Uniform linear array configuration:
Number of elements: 12
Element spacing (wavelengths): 0.75
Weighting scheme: hamming
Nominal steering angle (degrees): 60
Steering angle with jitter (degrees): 61.855
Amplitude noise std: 0.05
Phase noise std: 0.05

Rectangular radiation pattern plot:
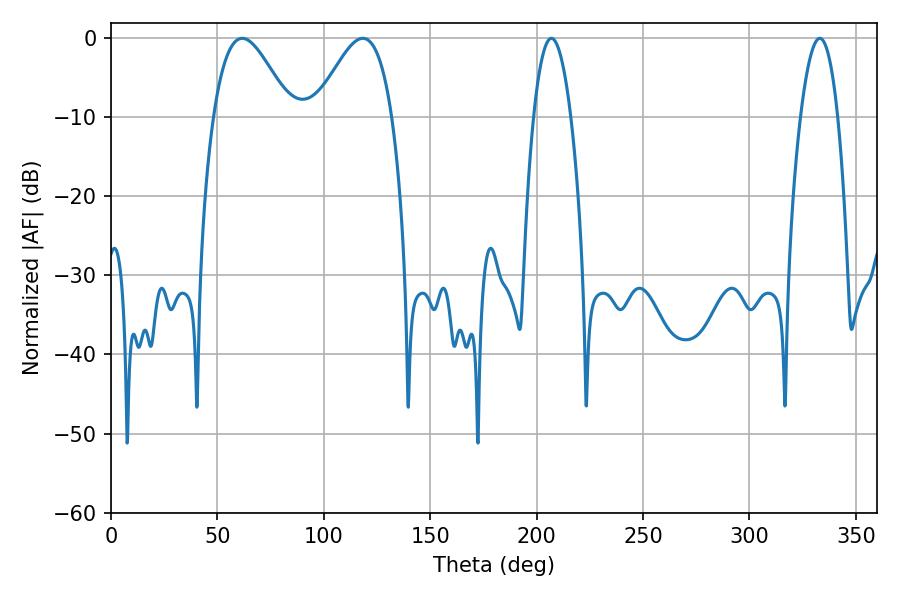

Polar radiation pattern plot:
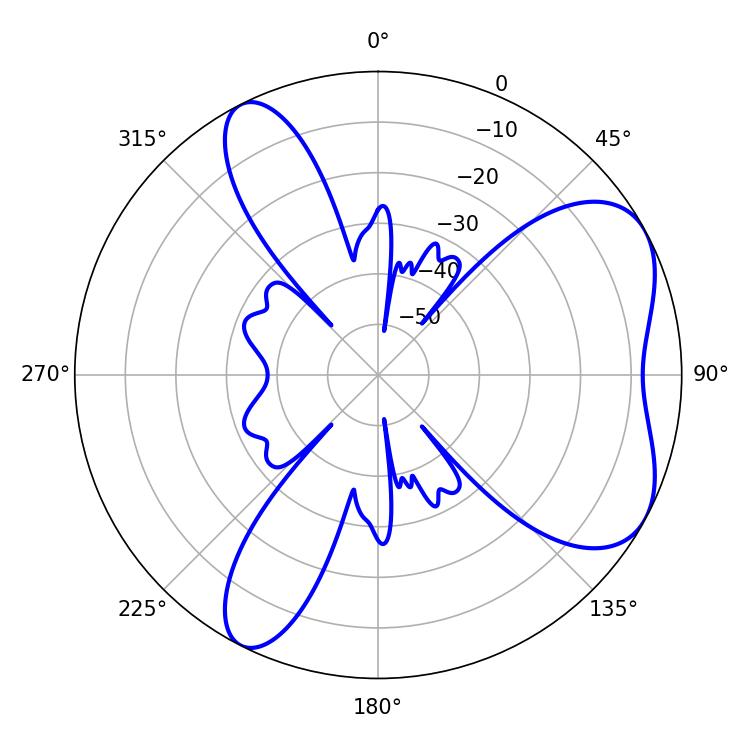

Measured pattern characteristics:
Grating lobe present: TRUE
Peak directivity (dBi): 5.836
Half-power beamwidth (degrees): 19.26
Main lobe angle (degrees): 61.74